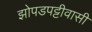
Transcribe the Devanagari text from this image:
झोपडपट्टीवासी